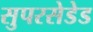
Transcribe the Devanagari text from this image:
सुपरसेडेड